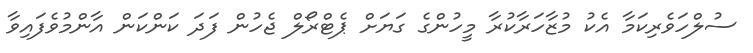
ސުލްހަވެރިކަމާ އެކު މުޒާހަރާކުރާ މީހުންގެ ގަޔަށް ޕެޓްރޯލް ޖެހުން ފަދަ ކަންކަން އާންމުވެފައިވާ